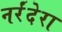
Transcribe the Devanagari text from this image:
नर्रंदेरा